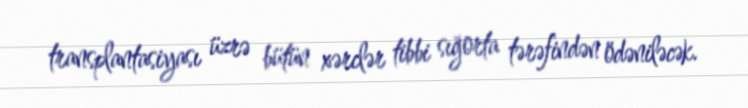
transplantasiyası üzrə bütün xərclər tibbi sığorta tərəfindən ödəniləcək.